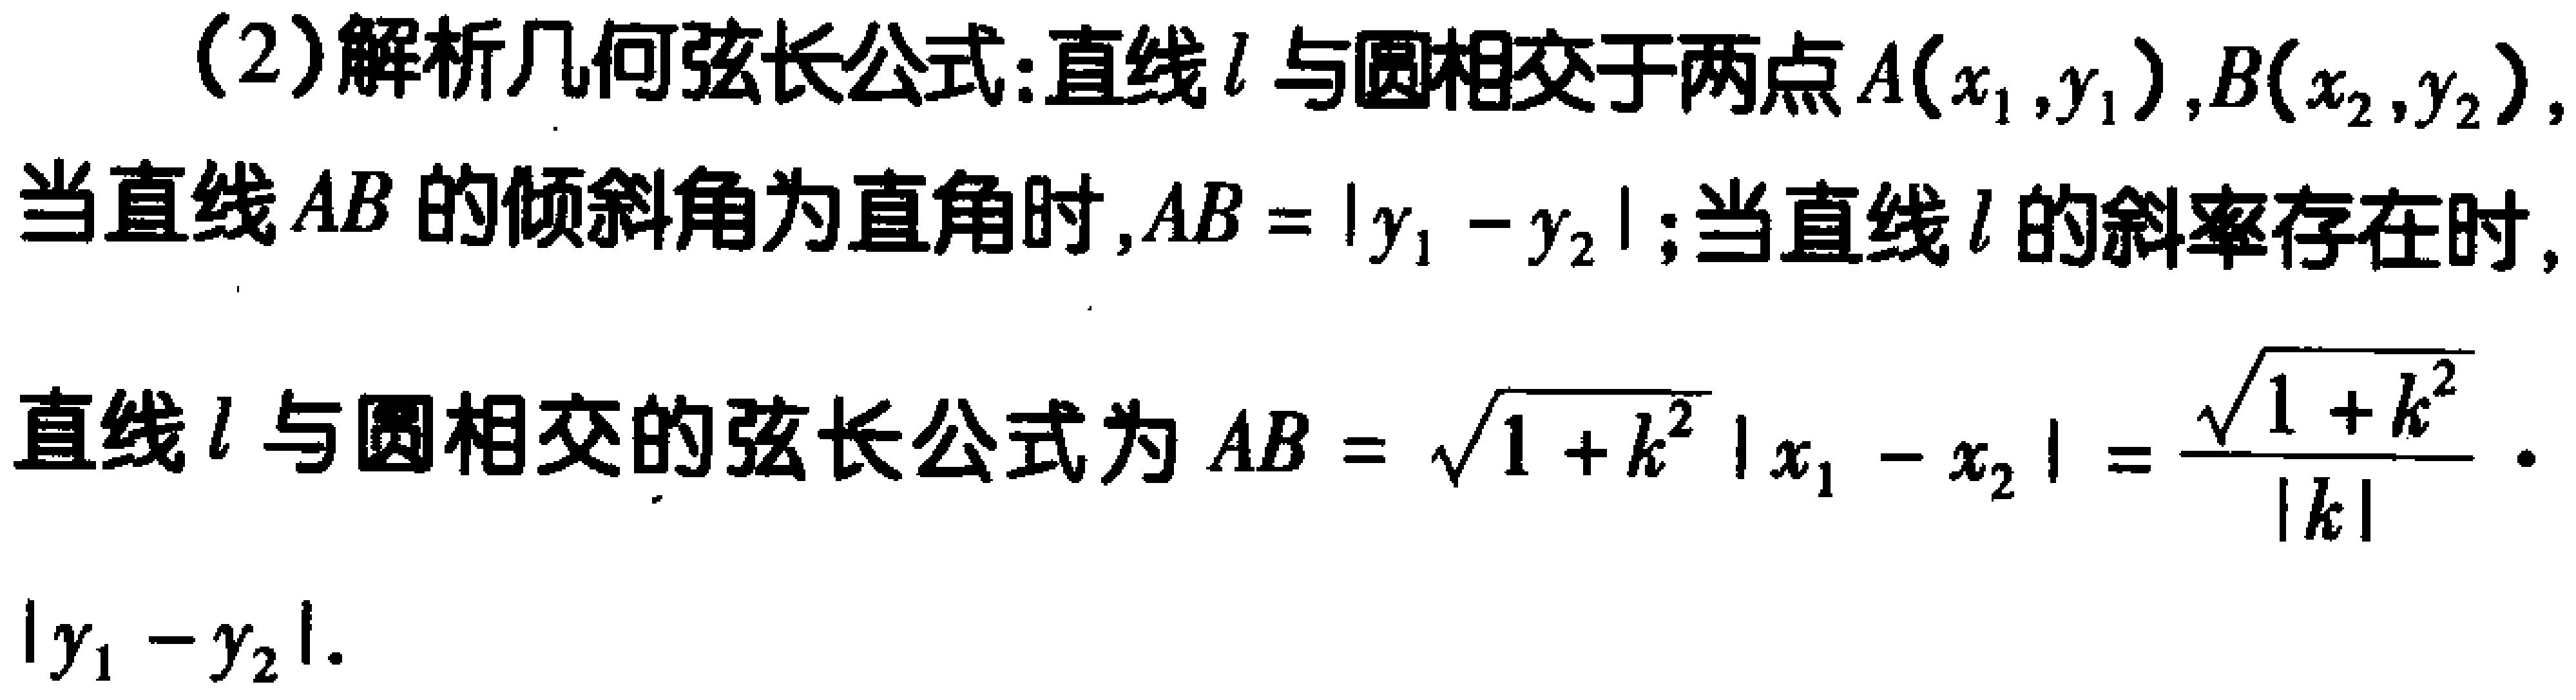
（2）解析几何弦长公式:直线\(l\)与圆相交于两点\(A(x_1,y_1),B(x_2,y_2)\)，当直线\(AB\)的倾斜角为直角时,\(AB = |y_1 - y_2|\)；当直线\(l\)的斜率存在时，直线\(l\)与圆相交的弦长公式为\(AB = \sqrt{1 + k^{2}}|x_1 - x_2| = \frac{\sqrt{1 + k^{2}}}{|k|}|y_1 - y_2|\)。